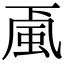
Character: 颪